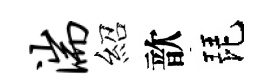
湍紹歆琵